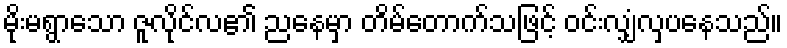
မိုးမရွာသော ဇူလိုင်လ၏ ညနေမှာ တိမ်တောက်သဖြင့် ဝင်းလျှံလှပနေသည်။